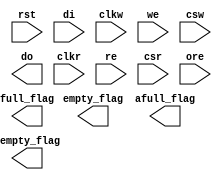
///////////////////////////////////////////////////////////////////////////////
// Copyright (c) 2011-2021 Anlogic, Inc.
// All Right Reserved.
///////////////////////////////////////////////////////////////////////////////
//
//
//   Vendor : Anlogic
//   Version : 0.1
//   Description : Anlogic Functional Simulation Library Component
//            bram
//   Timestamp : Mon Nov  4 14:20:41 CST 2013
//
///////////////////////////////////////////////////////////////////////////////
//
// Revision:
//    11/04/13 - Initial version.
//    05/30/16 - correct the EP1 parameter value
///////////////////////////////////////////////////////////////////////////////
`timescale 1 ns / 1 ps
module AL_LOGIC_FIFO (
    rst,
    di, clkw, we, csw, 
    do, clkr, re, csr, ore,
    empty_flag, aempty_flag,
    full_flag, afull_flag
);
// 1kx9 by default
parameter DATA_WIDTH_W = 9;                 // 1 ... 9*48
parameter DATA_WIDTH_R = DATA_WIDTH_W;      // 1 ... 9*48
parameter DATA_DEPTH_W = 1024;                                        // 512, 1024, 2048, 4096, 8192
parameter DATA_DEPTH_R = DATA_WIDTH_W * DATA_DEPTH_W / DATA_WIDTH_R;  // 512, 1024, 2048, 4096, 8192
input   rst;
input   [DATA_WIDTH_W-1:0] di;
output  [DATA_WIDTH_R-1:0] do;
input   clkw, we;
input   clkr, re, ore; //DEFAULT := '0'
input [2:0] csw, csr;
output  empty_flag, aempty_flag; //DEFAULT := '0'
output  full_flag, afull_flag; //DEFAULT := '0'
parameter  MODE = "FIFO8K";
parameter  REGMODE_W   = "NOREG"; //NOREG, OUTREG
parameter  REGMODE_R   = "NOREG"; //NOREG, OUTREG   
parameter  E  = 0;
parameter  AE = 6;
parameter  AF = 1017;
parameter  F  = 1023;
    
parameter  GSR = "ENABLE";  //DISABLE, ENABLE
parameter  RESETMODE = "ASYNC"; //SYNC, ASYNC
parameter  ASYNC_RESET_RELEASE = "SYNC";  //SYNC, ASYNC

// TO BE FILLED

endmodule